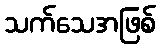
သက်သေအဖြစ်